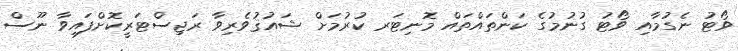
ވޯޓު ނެގުމާއި ވޯޓު ގުނުމުގެ ކަންތައްތައް މޮނިޓަރ ކުރުމަށް ޝައުޤުވެރިވާ ރަޖިސްޓަރީކޮށްފައިވާ ނޫސް